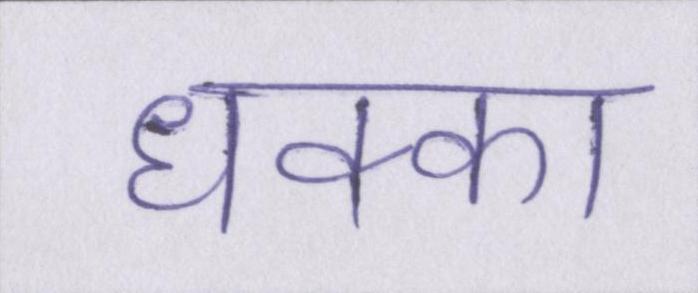
धक्का